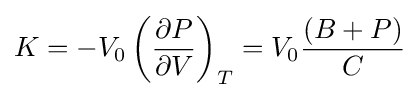
{K}=-{V_{0}}\left({\frac {\partial P}{\partial V}}\right)_{T}={V_{0}}{\frac {(B+P)}{C}}